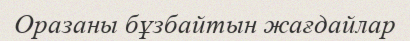
Оразаны бұзбайтын жағдайлар